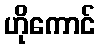
ဟိုကောင်